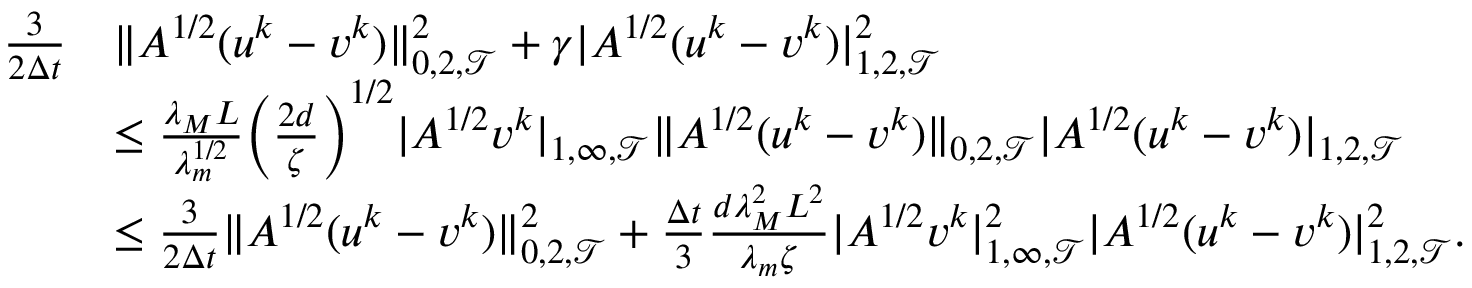
\begin{array} { r l } { \frac { 3 } { 2 \Delta t } } & { \| A ^ { 1 / 2 } ( u ^ { k } - v ^ { k } ) \| _ { 0 , 2 , { \mathcal T } } ^ { 2 } + \gamma | A ^ { 1 / 2 } ( u ^ { k } - v ^ { k } ) | _ { 1 , 2 , { \mathcal T } } ^ { 2 } } \\ & { \le \frac { \lambda _ { M } L } { \lambda _ { m } ^ { 1 / 2 } } \bigg ( \frac { 2 d } { \zeta } \bigg ) ^ { 1 / 2 } | A ^ { 1 / 2 } v ^ { k } | _ { 1 , \infty , { \mathcal T } } \| A ^ { 1 / 2 } ( u ^ { k } - v ^ { k } ) \| _ { 0 , 2 , { \mathcal T } } | A ^ { 1 / 2 } ( u ^ { k } - v ^ { k } ) | _ { 1 , 2 , { \mathcal T } } } \\ & { \le \frac { 3 } { 2 \Delta t } \| A ^ { 1 / 2 } ( u ^ { k } - v ^ { k } ) \| _ { 0 , 2 , { \mathcal T } } ^ { 2 } + \frac { \Delta t } { 3 } \frac { d \lambda _ { M } ^ { 2 } L ^ { 2 } } { \lambda _ { m } \zeta } | A ^ { 1 / 2 } v ^ { k } | _ { 1 , \infty , { \mathcal T } } ^ { 2 } | A ^ { 1 / 2 } ( u ^ { k } - v ^ { k } ) | _ { 1 , 2 , { \mathcal T } } ^ { 2 } . } \end{array}